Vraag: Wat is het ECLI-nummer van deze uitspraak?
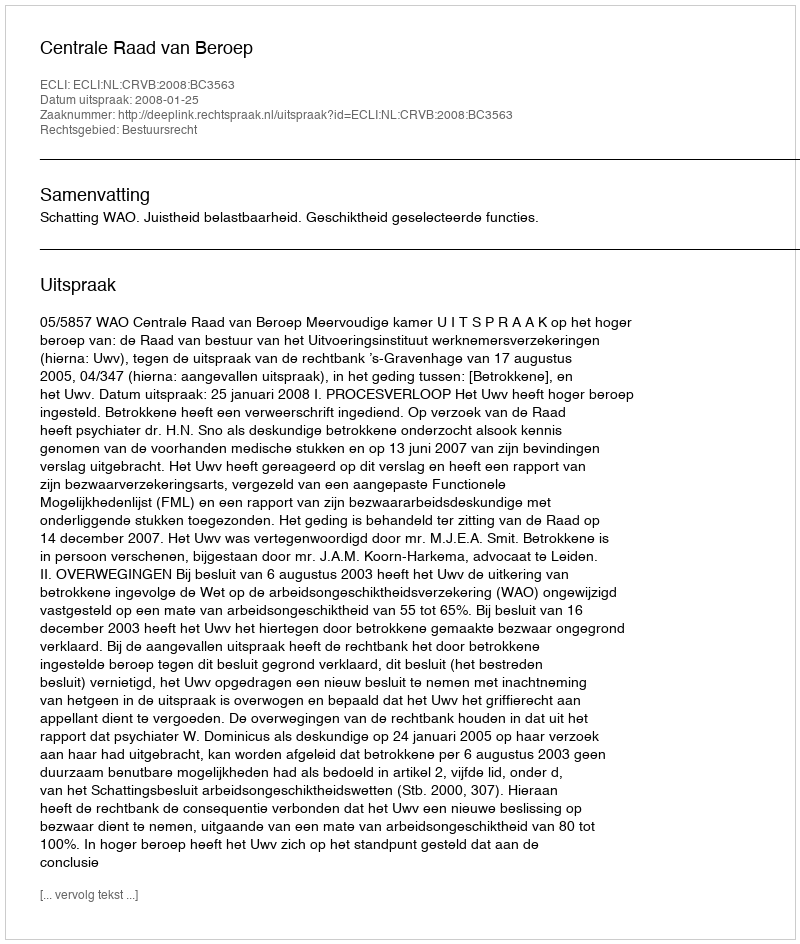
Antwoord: ECLI:NL:CRVB:2008:BC3563